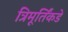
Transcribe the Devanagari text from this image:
त्रिमूर्तिंकडे